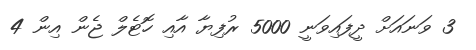
3 ވަނައަށް ދީފައިވަނީ 5000 ރުފިޔާ އާއި ހޮޓެލް ޖެން އިން 4